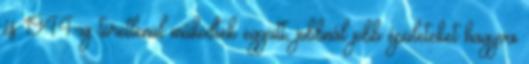
és 1944-ig töretlenül működtek együtt, jobbnál jobb épületeket hagyva